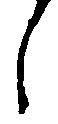
し